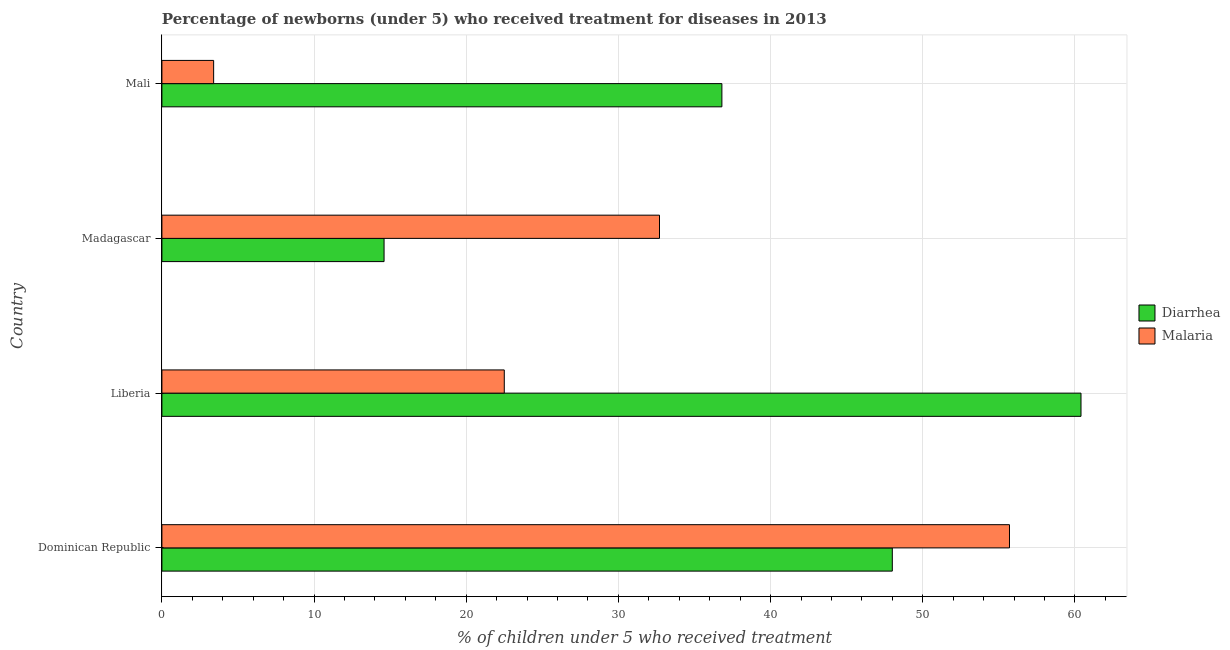
| Country | Diarrhea | Malaria |
 | --- | --- | --- |
 | Dominican Republic | 48 | 55.7 |
 | Liberia | 60.4 | 22.5 |
 | Madagascar | 14.6 | 32.7 |
 | Mali | 36.8 | 3.4 |